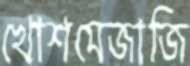
খোশমেজাজি